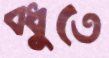
বধুতে